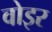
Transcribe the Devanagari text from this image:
वोइर